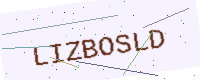
Text: LIZBOSLD